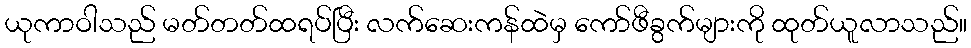
ယုကာဝါသည် မတ်တတ်ထရပ်ပြီး လက်ဆေးကန်ထဲမှ ကော်ဖီခွက်များကို ထုတ်ယူလာသည်။